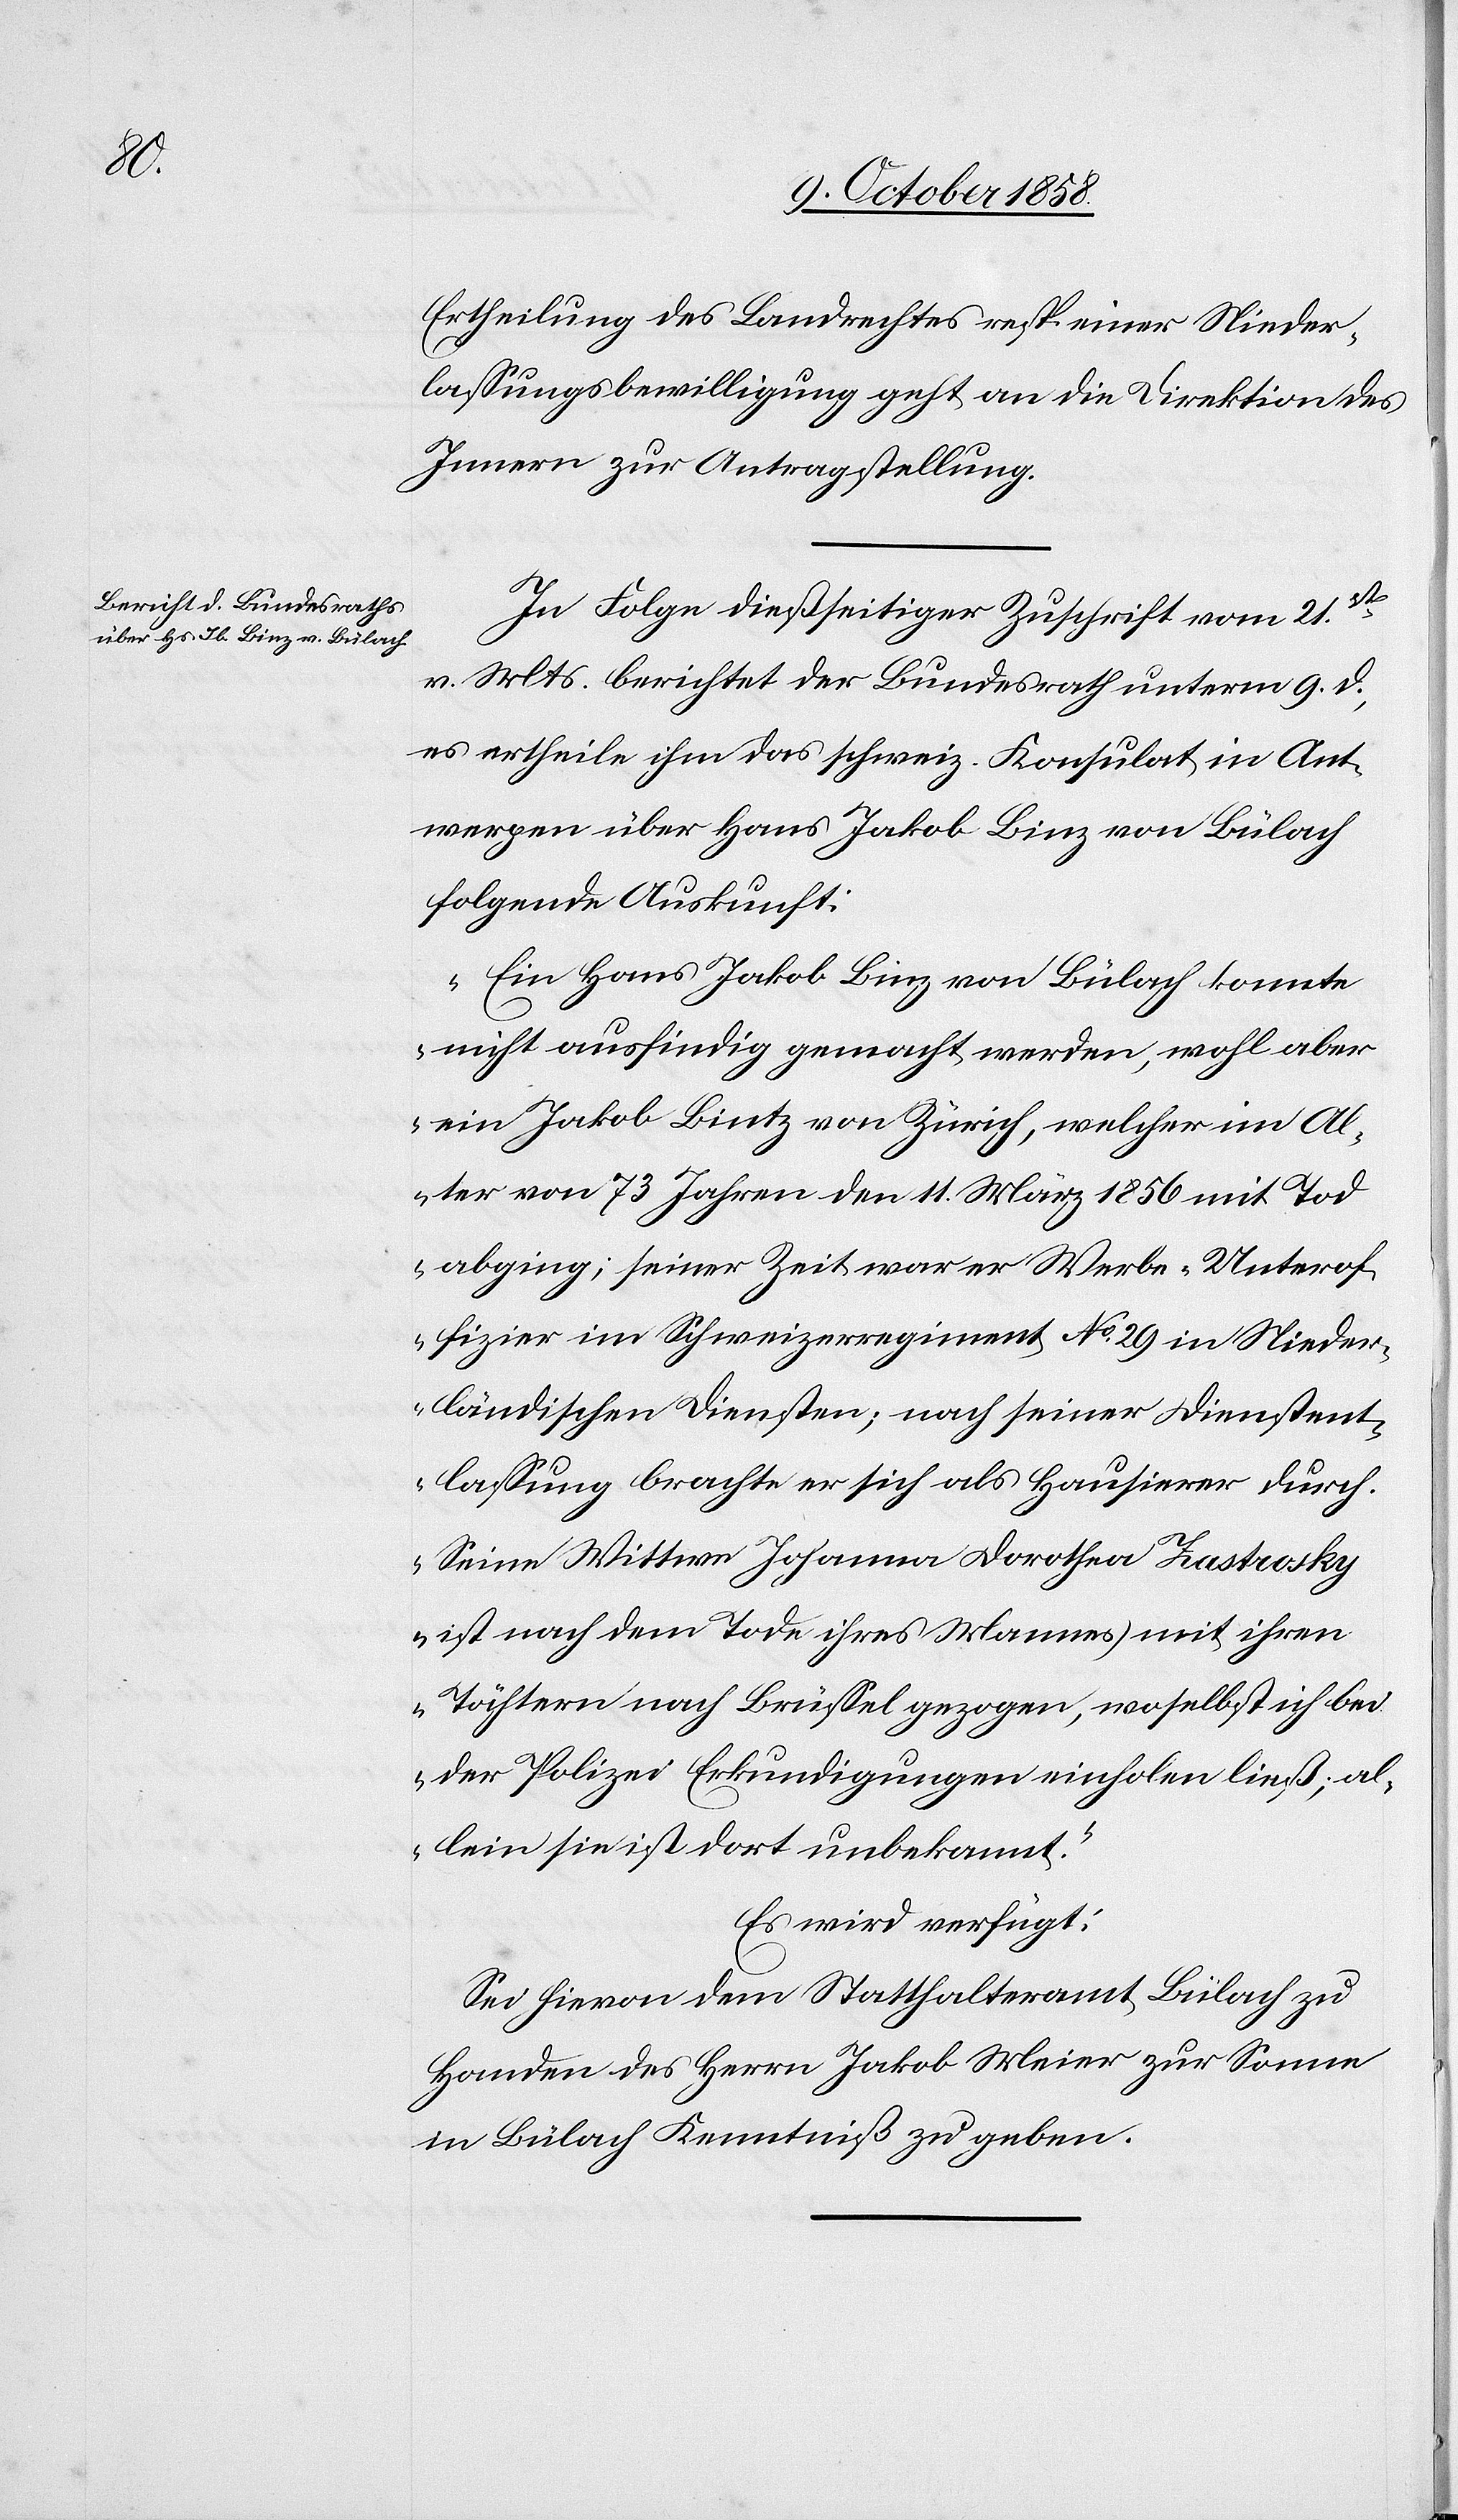
Ertheilung des Landrechtes resp. einer Nieder¬
lassungsbewilligung geht an die Direktion des
Innern zur Antragstellung.
1858.]
In Folge dießseitiger Zuschrift vom 21st.
v. Mts. berichtet der Bundesrath unterm 9. d.,
es ertheile ihm das schweiz. Konsulat in Ant¬
werpen über Hans Jakob Binz von Bülach
folgende Auskunft:
„Ein Hans Jakob Binz von Bülach konnte
nicht ausfindig gemacht werden, wohl aber
ein Jakob Bintz von Zürich, welcher im Al¬
ter von 73 Jahren den 11. März 1856 mit Tod
abging; seiner Zeit war er Werbe-Unterof¬
fizier im Schweizerregiment No. 29 in Nieder¬
ländischen Diensten; nach seiner Dienstent¬
lassung brachte er sich als Hausierer durch.
Seine Wittwe Johanne Dorothea Zastrosky
ist nach dem Tode ihres Mannes mit ihren
Töchtern nach Brüssel gezogen, woselbst ich bei
der Polizei Erkundigungen einholen ließ; al¬
lein sie ist dort unbekannt.“
Es wird verfügt:
Sei hievon dem Statthalteramt Bülach zu
Handen des Herrn Jakob Meier zur Sonne
in Bülach Kenntniß zu geben.